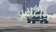
ડાયટોન